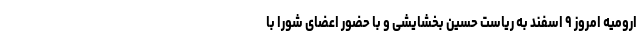
ارومیه امروز ۹ اسفند به ریاست حسین بخشایشی و با حضور اعضای شورا با